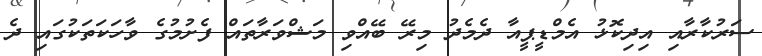
ސަރުކާރާއި އިދިކޮޅު އެމްޑީޕީއާ ދެމެދު މިރޭ ބޭއްވި މަޝްވަރާތައް ފެށުމުގެ ވާހަކަތަކުގައި ދެ